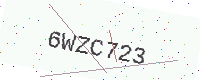
Text: 6WZC723